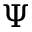
\Psi